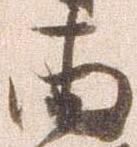
両